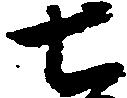
七